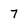
Character: 7